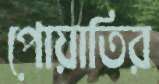
পোয়াতির